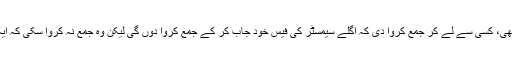
اس نے یہ سوچ کر پہلے سیمسٹر کی فیس جو کہ 18 ہزارتھی، کسی سے لے کر جمع کروا دی کہ اگلے سیمسٹر کی فیس خود جاب کر کے جمع کروا دوں گی لیکن وہ جمع نہ کروا سکی کہ ایک انٹر پاس لڑکی کو 8 ہزار سے زیادہ کی جاب نہیں ملتی۔